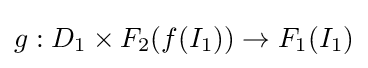
g:D_{1}\times F_{2}(f(I_{1}))\rightarrow F_{1}(I_{1})